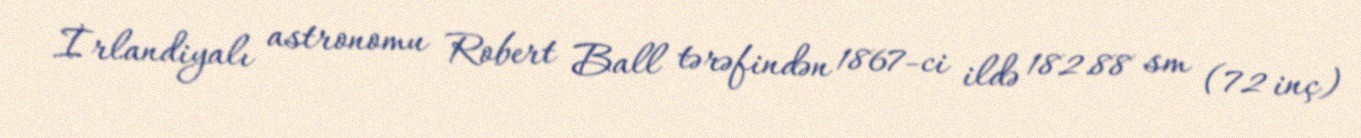
İrlandiyalı astronomu Robert Ball tərəfindən 1867-ci ildə 182.88 sm (72 inç)